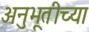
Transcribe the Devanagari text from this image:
अनुभूतीच्या